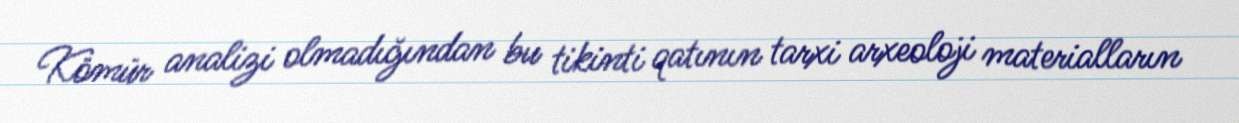
Kömür analizi olmadığından bu tikinti qatının tarxi arxeoloji materialların